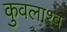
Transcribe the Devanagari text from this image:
कुवलाश्व